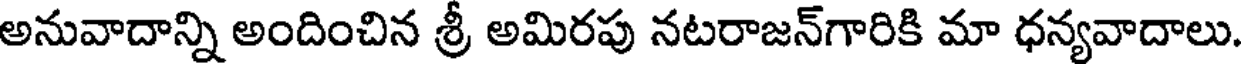
అనువాదాన్ని అందించిన శ్రీ అమిరపు నటరాజన్గారికి మా ధన్యవాదాలు.